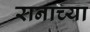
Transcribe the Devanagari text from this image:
रानाच्या